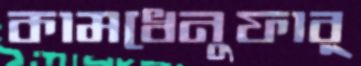
কামধেনুফার্